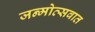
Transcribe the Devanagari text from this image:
जन्मोत्सवात